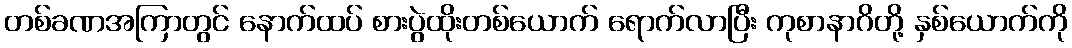
တစ်ခဏအကြာတွင် နောက်ထပ် စားပွဲထိုးတစ်ယောက် ရောက်လာပြီး ကုစာနာဂိတို့ နှစ်ယောက်ကို